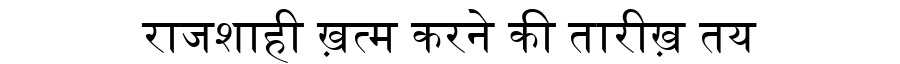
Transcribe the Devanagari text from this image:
राजशाही ख़त्म करने की तारीख़ तय